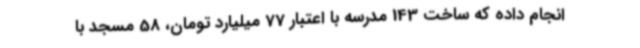
انجام داده که ساخت 143 مدرسه با اعتبار 77 میلیارد تومان، 58 مسجد با